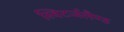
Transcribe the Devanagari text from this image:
स्विटर्जलैण्ड